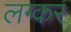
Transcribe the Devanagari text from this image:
लग्कर